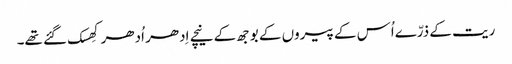
ریت کے ذرّےاُس کے پیروں کے بوجھ کے نیچے اِدھر اُدھر کِھسک گئے تھے۔